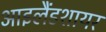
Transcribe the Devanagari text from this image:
आइलैंडशायर